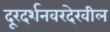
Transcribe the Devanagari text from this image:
दूरदर्शनवरदेखील